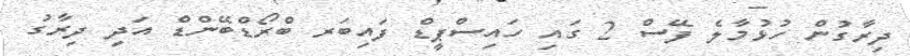
ދިރާގުން ހުޅުމާލެ ފޭސް 2 ގައި ހައިސްޕީޑް ފައިބަރ ބްރޯޑްބޭންޑް އަދި ދިރާގު